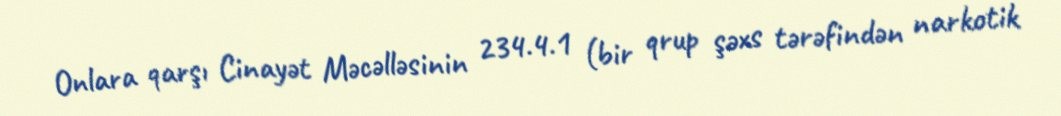
Onlara qarşı Cinayət Məcəlləsinin 234.4.1 (bir qrup şəxs tərəfindən narkotik